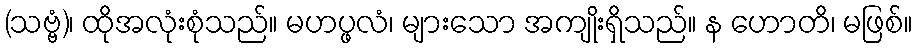
(သဗ္ဗံ)၊ ထိုအလုံးစုံသည်။ မဟပ္ဖလံ၊ များသော အကျိုးရှိသည်။ န ဟောတိ၊ မဖြစ်။